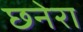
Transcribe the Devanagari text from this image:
छनेरा